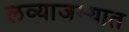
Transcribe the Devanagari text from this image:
लव्याजम्यात